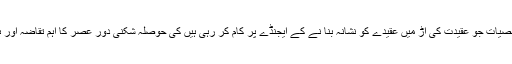
ایسی نام نہاد مذہبی شخصیات جو عقیدت کی آڑ میں عقیدے کو نشانہ بنا نے کے ایجنڈے پر کام کر رہی ہیں کی حوصلہ شکنی دور عصر کا اہم تقاضہ اور ہمارا اولین فریضہ ہے۔